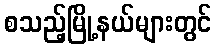
စသည့်မြို့နယ်များတွင်